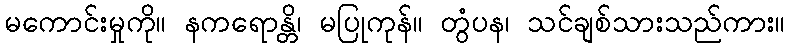
မကောင်းမှုကို။ နကရောန္တိ၊ မပြုကုန်။ တွံပန၊ သင်ချစ်သားသည်ကား။